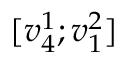
[ v _ { 4 } ^ { 1 } ; v _ { 1 } ^ { 2 } ]